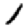
Digit: 1